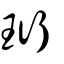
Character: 珩